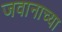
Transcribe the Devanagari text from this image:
जवानाच्या